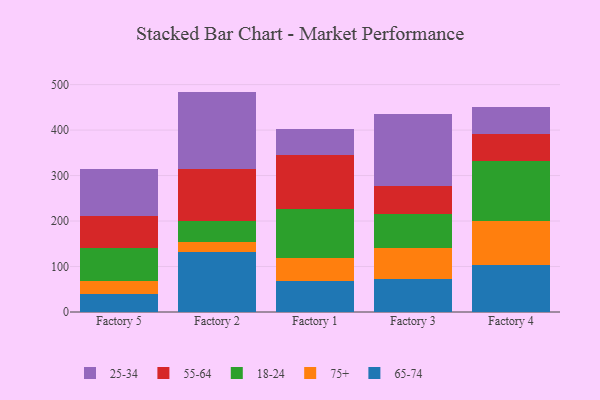
{"axis": {"x": "Factory", "y": "Population (Million)"}, "legend": ["18-24", "25-34", "55-64", "65-74", "75+"], "data": [{"x": "Factory 5", "y": 40.1, "type": "65-74"}, {"x": "Factory 5", "y": 27.4, "type": "75+"}, {"x": "Factory 5", "y": 74.0, "type": "18-24"}, {"x": "Factory 5", "y": 70.4, "type": "55-64"}, {"x": "Factory 5", "y": 101.7, "type": "25-34"}, {"x": "Factory 2", "y": 131.8, "type": "65-74"}, {"x": "Factory 2", "y": 22.6, "type": "75+"}, {"x": "Factory 2", "y": 46.6, "type": "18-24"}, {"x": "Factory 2", "y": 113.8, "type": "55-64"}, {"x": "Factory 2", "y": 169.8, "type": "25-34"}, {"x": "Factory 1", "y": 67.9, "type": "65-74"}, {"x": "Factory 1", "y": 51.3, "type": "75+"}, {"x": "Factory 1", "y": 108.3, "type": "18-24"}, {"x": "Factory 1", "y": 117.9, "type": "55-64"}, {"x": "Factory 1", "y": 56.2, "type": "25-34"}, {"x": "Factory 3", "y": 72.2, "type": "65-74"}, {"x": "Factory 3", "y": 67.9, "type": "75+"}, {"x": "Factory 3", "y": 75.3, "type": "18-24"}, {"x": "Factory 3", "y": 62.3, "type": "55-64"}, {"x": "Factory 3", "y": 157.9, "type": "25-34"}, {"x": "Factory 4", "y": 102.4, "type": "65-74"}, {"x": "Factory 4", "y": 96.6, "type": "75+"}, {"x": "Factory 4", "y": 132.5, "type": "18-24"}, {"x": "Factory 4", "y": 59.4, "type": "55-64"}, {"x": "Factory 4", "y": 58.9, "type": "25-34"}]}